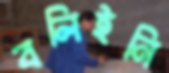
বলিইনি